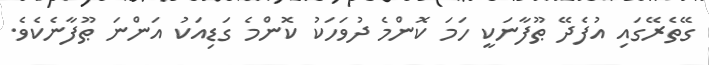
ގޭތެރޭގައި އުފެދޭ ޠޫފާނަކީ ހަމަ ކޮންމެ ދުވަހަކު ކޮންމެ ގަޑިއަކު އަންނަ ޠޫފާނެކެވެ.